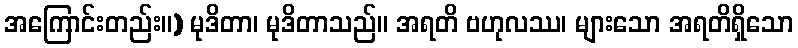
အကြောင်းတည်း။) မုဒိတာ၊ မုဒိတာသည်။ အရတိ ဗဟုလဿ၊ များသော အရတိရှိသော